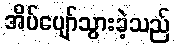
အိပ်ပျော်သွားခဲ့သည်